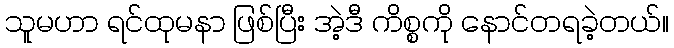
သူမဟာ ရင်ထုမနာ ဖြစ်ပြီး အဲ့ဒီ ကိစ္စကို နောင်တရခဲ့တယ်။